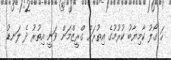
ހަ ގޯލު ކާމިޔާބު ކުރުމުގެ އިތުރަށް ގްރީޒްމަން ވަނީ އިތުރު ދެ ލަނޑު